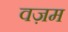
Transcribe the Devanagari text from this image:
वज़म